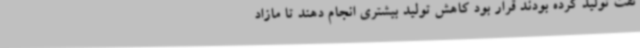
نفت تولید کرده بودند قرار بود کاهش تولید بیشتری انجام دهند تا مازاد